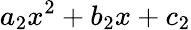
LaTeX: a_{2}x^{2}+b_{2}x+c_{2}